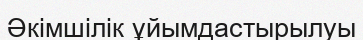
Әкімшілік ұйымдастырылуы